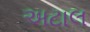
અટાલ